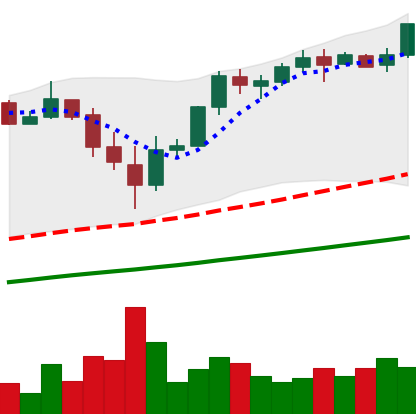
Ticker: BTC-USD
Chart end date: 2017-11-25
Forward return: 16.411%
Label: up_7plus